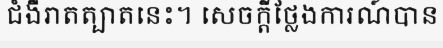
ជំងឺរាតត្បាតនេះ។ សេចក្តីថ្លែងការណ៍បាន